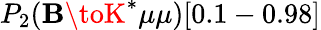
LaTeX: P_{2}(\mathbf{B}\toK^{*}\mu\mu)[0.1-0.98]